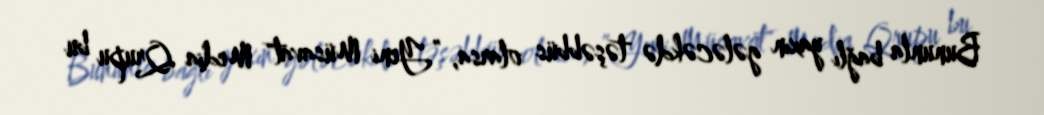
Bununla bağlı yaxın gələcəkdə təşəbbüs olarsa, ”Yeni Müsavat" Media Qrupu bu